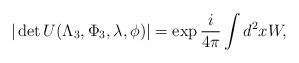
LaTeX: \begin{align*}|\det U(\Lambda_3,\Phi_3,\lambda,\phi)|=\exp\frac{i}{4\pi}\int d^2x W,\end{align*}